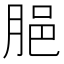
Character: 𦛞